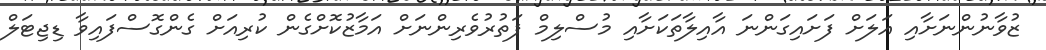
ޒުވާނުންނަށާއި އަލަށް ފަށައިގަންނަ އާއިލާތަކަށާއި މުސްލިމް ފަތުރުވެރިންނަށް އަމާޒުކޮށްގެން ކުރިއަށް ގެންގޮސްފައިވާ ޑިޖިޓަލް